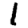
Digit: 1